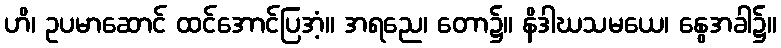
ဟိ၊ ဥပမာဆောင် ထင်အောင်ပြအံ့။ အရညေ၊ တော၌။ နိဒါဃသမယေ၊ နွေအခါ၌။